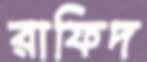
রাফিদ